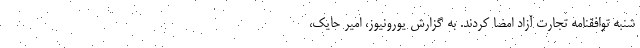
شنبه توافقنامه تجارت آزاد امضا کردند. به گزارش یورونیوز، امیر حایک،